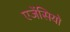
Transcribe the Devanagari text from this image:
एजेंसियो